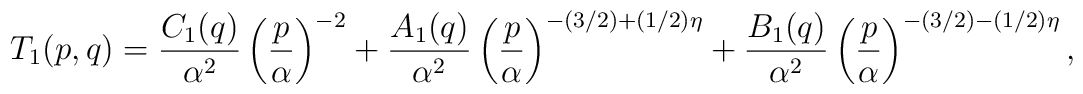
T_1(p,q)={C_1(q)\over\alpha^2}\left({p\over\alpha}\right)^{-2}+{A_1(q)\over\alpha^2}\left({p\over\alpha}\right)^{-(3/2)+(1/2)\eta}+{B_1(q)\over\alpha^2}\left({p\over\alpha}\right)^{-(3/2)-(1/2)\eta},